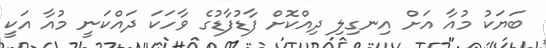
ބަޔަކު މުއާ އަށް އިނގިލި ދިއްކޮށް ފާޑުފާޑުގެ ވާހަކަ ދައްކަނީ މުއާ އަކީ